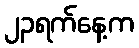
၂၃ရက်နေ့က